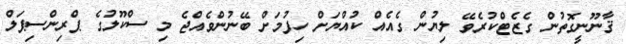
ޤާނޫނީގޮތުން ގެޒެޓްކުރެވޭ ލިޔުން ގެއެއް ކުއްޔަށް ހިފުމަށް ބޭނުންވެއްޖެ މި ސްކޫލުގެ ޕްރިންސިޕަލް